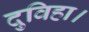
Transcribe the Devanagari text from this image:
दुविहा।